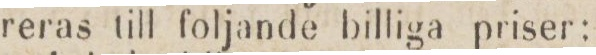
reras till foljande billiga priser: